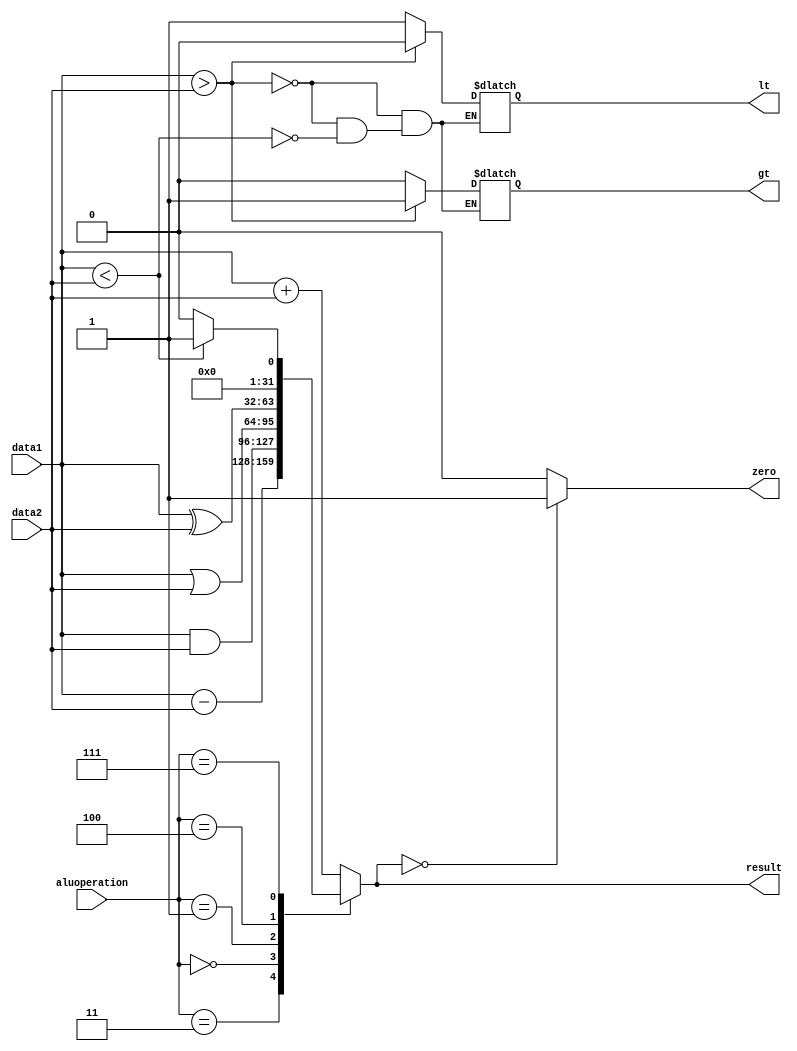
/// computerAssignment_4
// group members: sara Ghavampour 98 127 62 781 - sahar Mohammadi 9812762305

module ALU(input [31:0] data1,data2,input [3:0] aluoperation,output reg [31:0] result,output reg zero,lt,gt);

  always@(aluoperation,data1,data2)
  begin
    case (aluoperation)
      4'b0010 : result = data1 + data2; // ADD
      4'b0011 : result = data1 - data2; // SUB
      4'b0000 : result = data1 & data2; // AND
      4'b0001 : result = data1 | data2; // OR
      4'b0100 : result = data1 ^ data2; // XOR
      4'b0111 : begin    
                if(data1 < data2) begin
			result = 32'd1;
                end else begin
			result = 32'd0;
		end
		end	                //SLT
      default : result = data1 + data2; // ADD
    endcase
    
    if(data1>data2)
      begin
       gt = 1'b1;
       lt = 1'b0; 
      end else if(data1<data2)
      begin
       gt = 1'b0;
       lt = 1'b1;  
      end
      
    if (result==32'd0) zero=1'b1;
    else zero=1'b0;
     
  end
  

endmodule

module testbench1;
  
  reg [31:0] d1,d2;  /* d1=data1, d2=data2 */
  reg [3:0] aluop;   /* aluop=aluoperation */
  
  wire [31:0] r; /* r=result */
  wire gt,lt,z; /* z=zero */
  
  ALU u0(d1, d2, aluop, r, z, lt, gt);
  
  initial begin
    
    #5
    d1=31'd1;
    d2=31'd2;
    aluop=4'b0000;
    
    #20
    aluop=4'b0011;
  end
  
  initial repeat(1000)#2 d1=d1+1;
  
endmodule